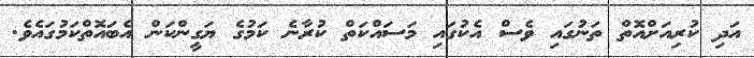
އަދި ކުރިއަށްއޮތް ތަނުގައި ވެސް އެކުގައި މަސައްކަތް ކުރާނެ ކަމުގެ ޔަގީންކަން އެބައޮތްކަމުގައެވެ.